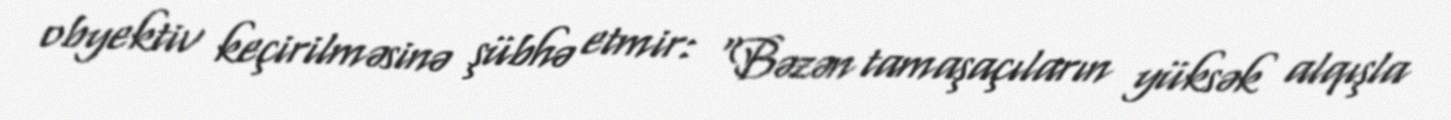
obyektiv keçirilməsinə şübhə etmir: “Bəzən tamaşaçıların yüksək alqışla